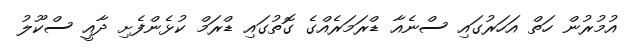
އުމުރުން ހަތް އަހަރުގައި ސްނެއާ ޑްރަމަރެއްގެ ގޮތުގައި ޑްރަމް ކުޅެންފެށި ދާއީ ސްކޫލު